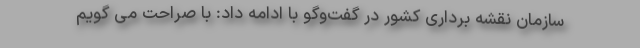
سازمان نقشه برداری کشور در گفت‌وگو با ادامه داد: با صراحت می گویم